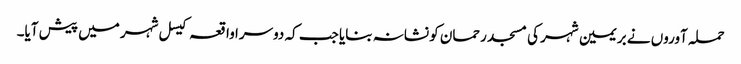
حملہ آوروں نے بریمین شہر کی مسجد رحمان کو نشانہ بنایا جب کہ دوسرا واقعہ کیسل شہر میں پیش آیا۔